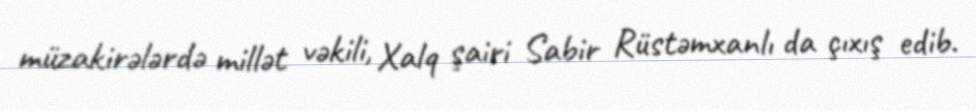
müzakirələrdə millət vəkili, Xalq şairi Sabir Rüstəmxanlı da çıxış edib.